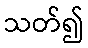
သတ်၍